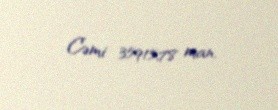
Cəmi 35915,78 man.